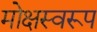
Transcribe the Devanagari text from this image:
मोक्षस्वरूप